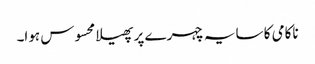
ناکامی کا سایہ چہرے پر پھیلا محسوس ہوا۔